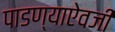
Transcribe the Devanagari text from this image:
पाडण्याऐवजी